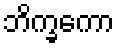
ဘိက္ခကော